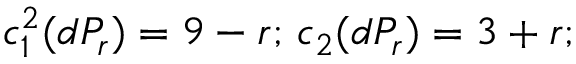
c _ { 1 } ^ { 2 } ( d P _ { r } ) = 9 - r ; \, c _ { 2 } ( d P _ { r } ) = 3 + r ;